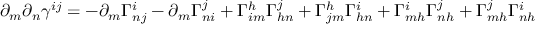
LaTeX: \partial _ { m } \partial _ { n } \gamma ^ { i j } = - \partial _ { m } \Gamma _ { n j } ^ { i } - \partial _ { m } \Gamma _ { n i } ^ { j } + \Gamma _ { i m } ^ { h } \Gamma _ { h n } ^ { j } + \Gamma _ { j m } ^ { h } \Gamma _ { h n } ^ { i } + \Gamma _ { m h } ^ { i } \Gamma _ { n h } ^ { j } + \Gamma _ { m h } ^ { j } \Gamma _ { n h } ^ { i }